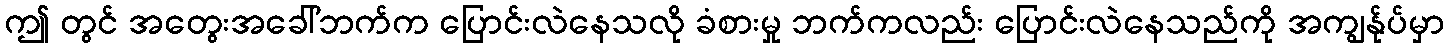
ဤ တွင် အတွေးအခေါ်ဘက်က ပြောင်းလဲနေသလို ခံစားမှု ဘက်ကလည်း ပြောင်းလဲနေသည်ကို အကျွန်ုပ်မှာ